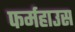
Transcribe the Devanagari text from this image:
फर्महाउस